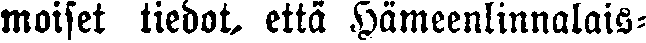
moiset tiedot, että Hämeenlinnalais-